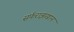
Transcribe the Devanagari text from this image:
सर्फराझखान